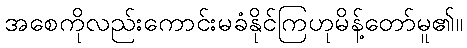
အစေကိုလည်းကောင်းမခံနိုင်ကြဟုမိန့်တော်မူ၏။